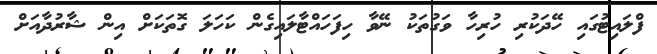
ފްލައިޓުގައި ހޭދަކުރި ހުރިހާ ވަގުތަކު ނޭވާ ހިފަހައްޓާލައިގެން ކަހަލަ ގޮތަކަށް އިން ޝާރުދާއަށް